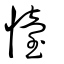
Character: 懛